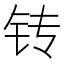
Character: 𲇲